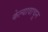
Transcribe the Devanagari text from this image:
केल्यावाचून